Annual administration and progress report of the Indian Medical Department, Bombay
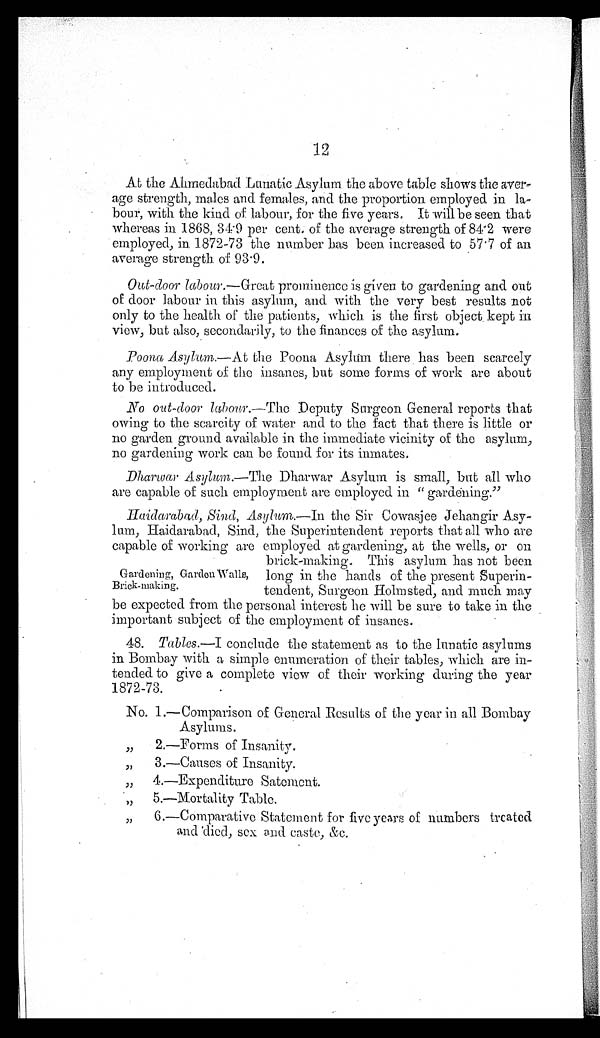
12
At the Ahmedabad Lunatic Asylum the above table shows the
a v e r -
a g
e strength, males and females, and the proportion employed in la-
bour, with the kind of labour, for the five years. It will be seen that
whereas in 1868, 34.9 per cent. of the average strength of 84.2 were
employed, in 1872-73 the number has been increased to 57 . 7 of an
average strength. of 93.9.
Out-door labour.—Great prominence is given to gardening and out
o f d o o r l a b o u r i n t h i s a s y l u m , a n d w i t h t h e v e r y b e s t r e s u l t s n o t
only to the health of the patients, which is the first object kept in
view, but also, secondarily, to the finances of the asylum.
Poona Asylum.—At the Poona Asylum there has been scarcely
any employment of the insanes, but some forms of work are about
to be introduced.
No out-door labour.—The Deputy Surgeon General reports that
owing to the scarcity of water and to the fact that there is little or
no garden ground available in the immediate vicinity of the asylum,
no gardening work can be found for its inmates.
Dharwar Asylum.—The Dharwar Asylum is small, but all who
are capable of such employment are employed in " gardening."
Haidarabad, Sind, Asylum.—In the Sir Cowasjee Jehangir Asy-
lum, Haidarabad, Sind, the Superintendent reports that all who are
capable of working are employed at gardening, at the wells, or on
brick-making. This asylum has not been
Gardening, Garden Walls, long in the hands of the present Superin-
Brick-making.
tendent, Surgeon Holmsted, and much may
be expected from the personal interest he will be sure to take in the
important subject of the employment of insanes.
48. Tables.—I conclude the statement as to the lunatic asylums
in Bombay with a simple enumeration of their tables, which are in-
tended to give a complete view of their working during the year
1872-73.
No. 1.—Comparison of General Results of the year in all Bombay
Asylums.
" 2.—Forms of Insanity.
" 3.—Causes of Insanity.
" 4.—Expenditure Satement.
" 5.—Mortality Table.
6.—Comparative Statement for five years of numbers treated
and died, sex and caste, &c.